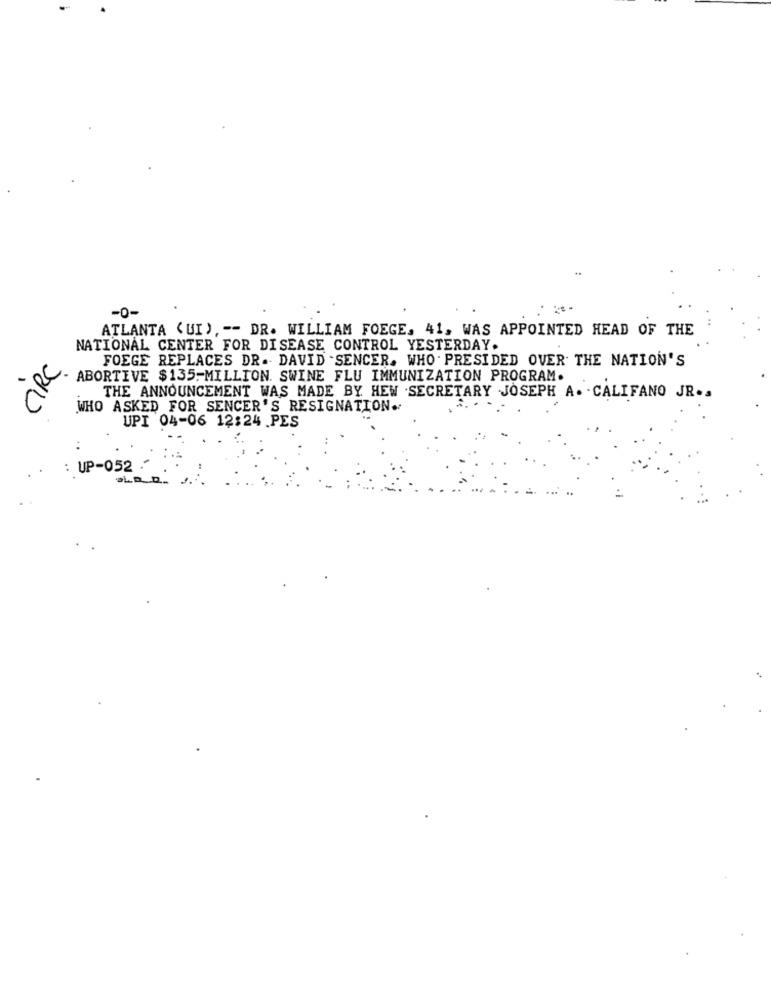
-0-
ATLANTA <UI), -- DR. WILLIAM FOEGE. 41, WAS APPOINTED HEAD OF THE
NATIONAL CENTER FOR DISEASE CONTROL YESTERDAY.
CRC
FOEGE REPLACES DR. DAVID .SENCER. WHO . PRESIDED OVER THE NATION'S
ABORTIVE $135-MILLION. SWINE FLU IMMUNIZATION PROGRAM.
THE ANNOUNCEMENT WAS MADE BY HEW .SECRETARY JOSEPH A. - CALIFANO JR ..
WHO ASKED FOR SENCER'S RESIGNATION.
UPI 04-06 12:24 PES
: UP-052